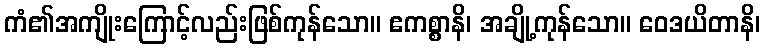
ကံ၏အကျိုးကြောင့်လည်းဖြစ်ကုန်သော။ ဧကစ္စာနိ၊ အချို့ကုန်သော။ ဝေဒယိတာနိ၊